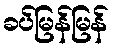
ခပ်မြန်မြန်